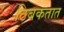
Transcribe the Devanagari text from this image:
ठिबकतात